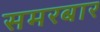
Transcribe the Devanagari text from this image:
समरबार